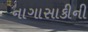
નાગાસાકીની